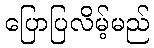
ပြောပြလိမ့်မည်